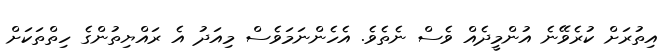
އިތުރަށް ކުރެވޭނެ އުންމީދެއް ވެސް ނެތެވެ. އެހެންނަމަވެސް މިއަދު އެ ރައްޔިތުންގެ ހިތްތަކަށް